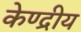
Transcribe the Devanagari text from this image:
केण्द्रीय